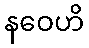
နဝေဟိ